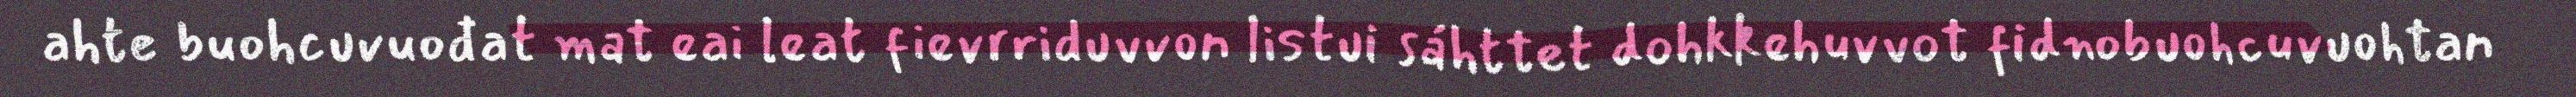
ahte buohcuvuođat mat eai leat fievrriduvvon listui sáhttet dohkkehuvvot fidnobuohcuvuohtan